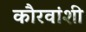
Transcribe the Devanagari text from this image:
कौरवांशी